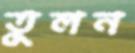
তুলন